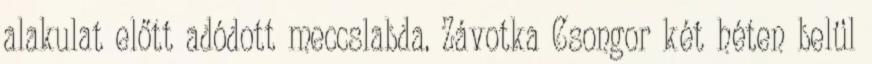
alakulat előtt adódott meccslabda. Závotka Csongor két héten belül